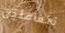
تتعاملين